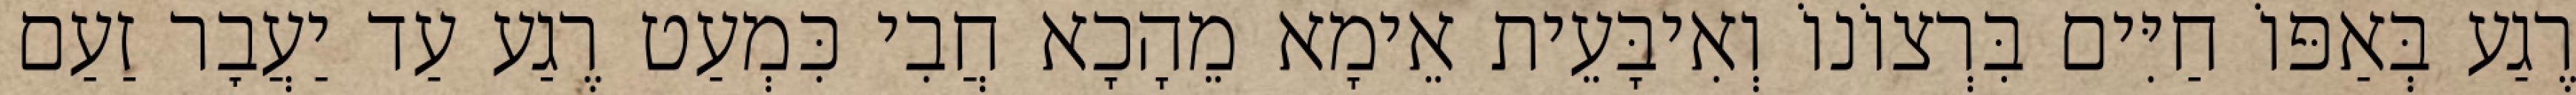
רֶגַע בְּאַפּוֹ חַיִּים בִּרְצוֹנוֹ וְאִיבָּעֵית אֵימָא מֵהָכָא חֲבִי כִּמְעַט רֶגַע עַד יַעֲבׇר זַעַם